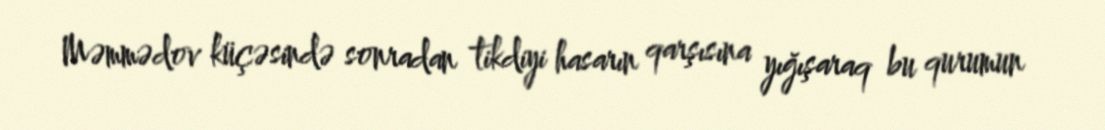
Məmmədov küçəsində sonradan tikdiyi hasarın qarşısına yığışaraq bu qurumun